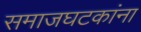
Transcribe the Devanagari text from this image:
समाजघटकांना